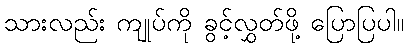
သားလည်း ကျုပ်ကို ခွင့်လွှတ်ဖို့ ပြောပြပါ။